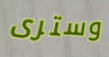
وسترى